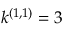
k ^ { ( 1 , 1 ) } = 3